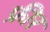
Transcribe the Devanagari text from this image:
फ्रीर